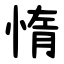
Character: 惰